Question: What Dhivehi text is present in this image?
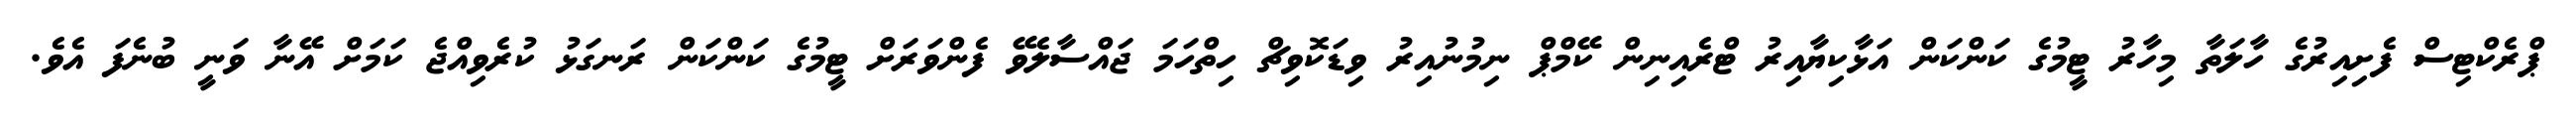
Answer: ޕްރެކްޓިސް ފެށިއިރުގެ ހާލަތާ މިހާރު ޓީމުގެ ކަންކަން އަޅާކިޔާއިރު ޓްރެއިނިން ކޭމްޕް ނިމުނުއިރު ވިޑަކޮވިޗް ހިތްހަމަ ޖައްސާލެވޭ ފެންވަރަށް ޓީމުގެ ކަންކަން ރަނގަޅު ކުރެވިއްޖެ ކަމަށް އޭނާ ވަނީ ބުނެފަ އެވެ.